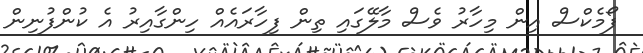
ފޯމެކްސް އިން މިހާރު ވެސް މާލޭގައި ތިން ފިހާރައެއް ހިންގާއިރު އެ ކުންފުނިން